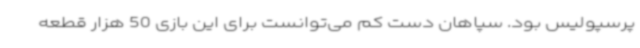
پرسپولیس بود. سپاهان دست ‌کم می‌توانست برای این بازی 50 هزار قطعه